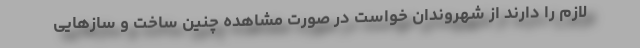
لازم را دارند از شهروندان خواست در صورت مشاهده چنین ساخت و ساز‌هایی